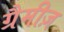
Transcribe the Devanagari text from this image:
ग्रैमीज़